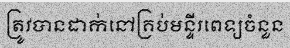
ត្រូវបានដាក់នៅគ្រប់មន្ទីរពេទ្យចំនួន